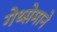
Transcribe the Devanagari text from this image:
गेथ्सेमाने